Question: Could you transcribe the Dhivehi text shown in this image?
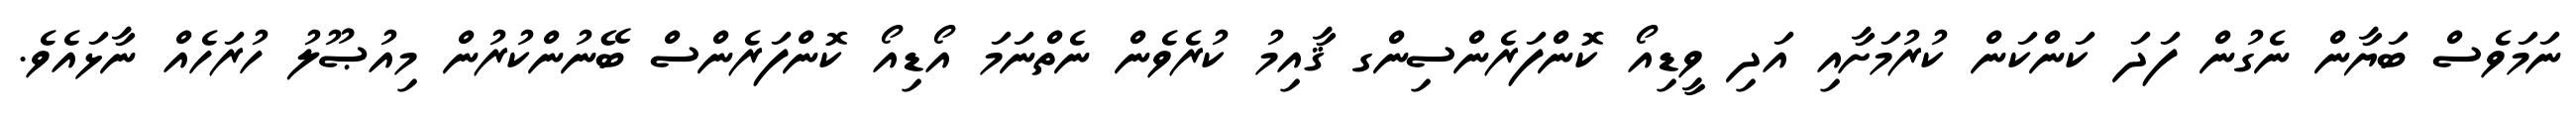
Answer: ނަމަވެސް ބަޔާން ނެގުން ފަދަ ކަންކަން ކުރުމަށާއި އަދި ވީޑިއޯ ކޮންފަރެންސިންގ ޤާއިމު ކުރެވެން ނެތްނަމަ އޯޑިއޯ ކޮންފަރެންސް ބޭނުންކުރުން މިއުޞޫލު ހުރަހެއް ނާޅައެވެ.